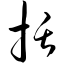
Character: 括